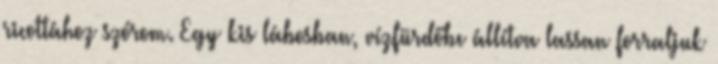
ricottához szórom. Egy kis lábosban, vízfürdőbe állítva lassan forraljuk